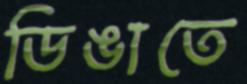
ডিঙাতে